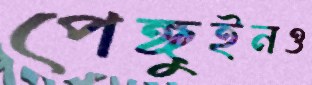
পেঙ্গুইনও